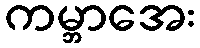
ကမ္ဘာအေး